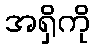
အရှိကို